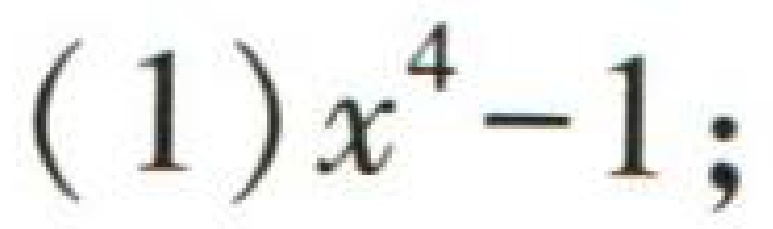
\((1)x^{4}-1;\)